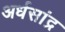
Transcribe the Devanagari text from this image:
अर्धसांद्र